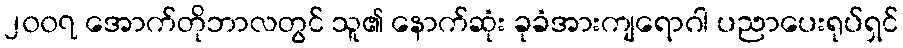
၂၀၀၇ အောက်တိုဘာလတွင် သူ၏ နောက်ဆုံး ခုခံအားကျရောဂါ ပညာပေးရုပ်ရှင်